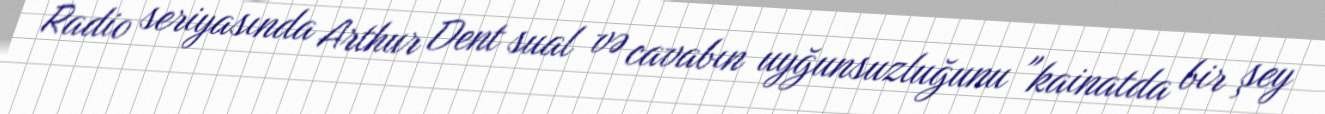
Radio seriyasında Arthur Dent sual və cavabın uyğunsuzluğunu "kainatda bir şey